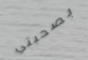
بصحبتي